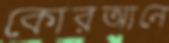
কোরআনে